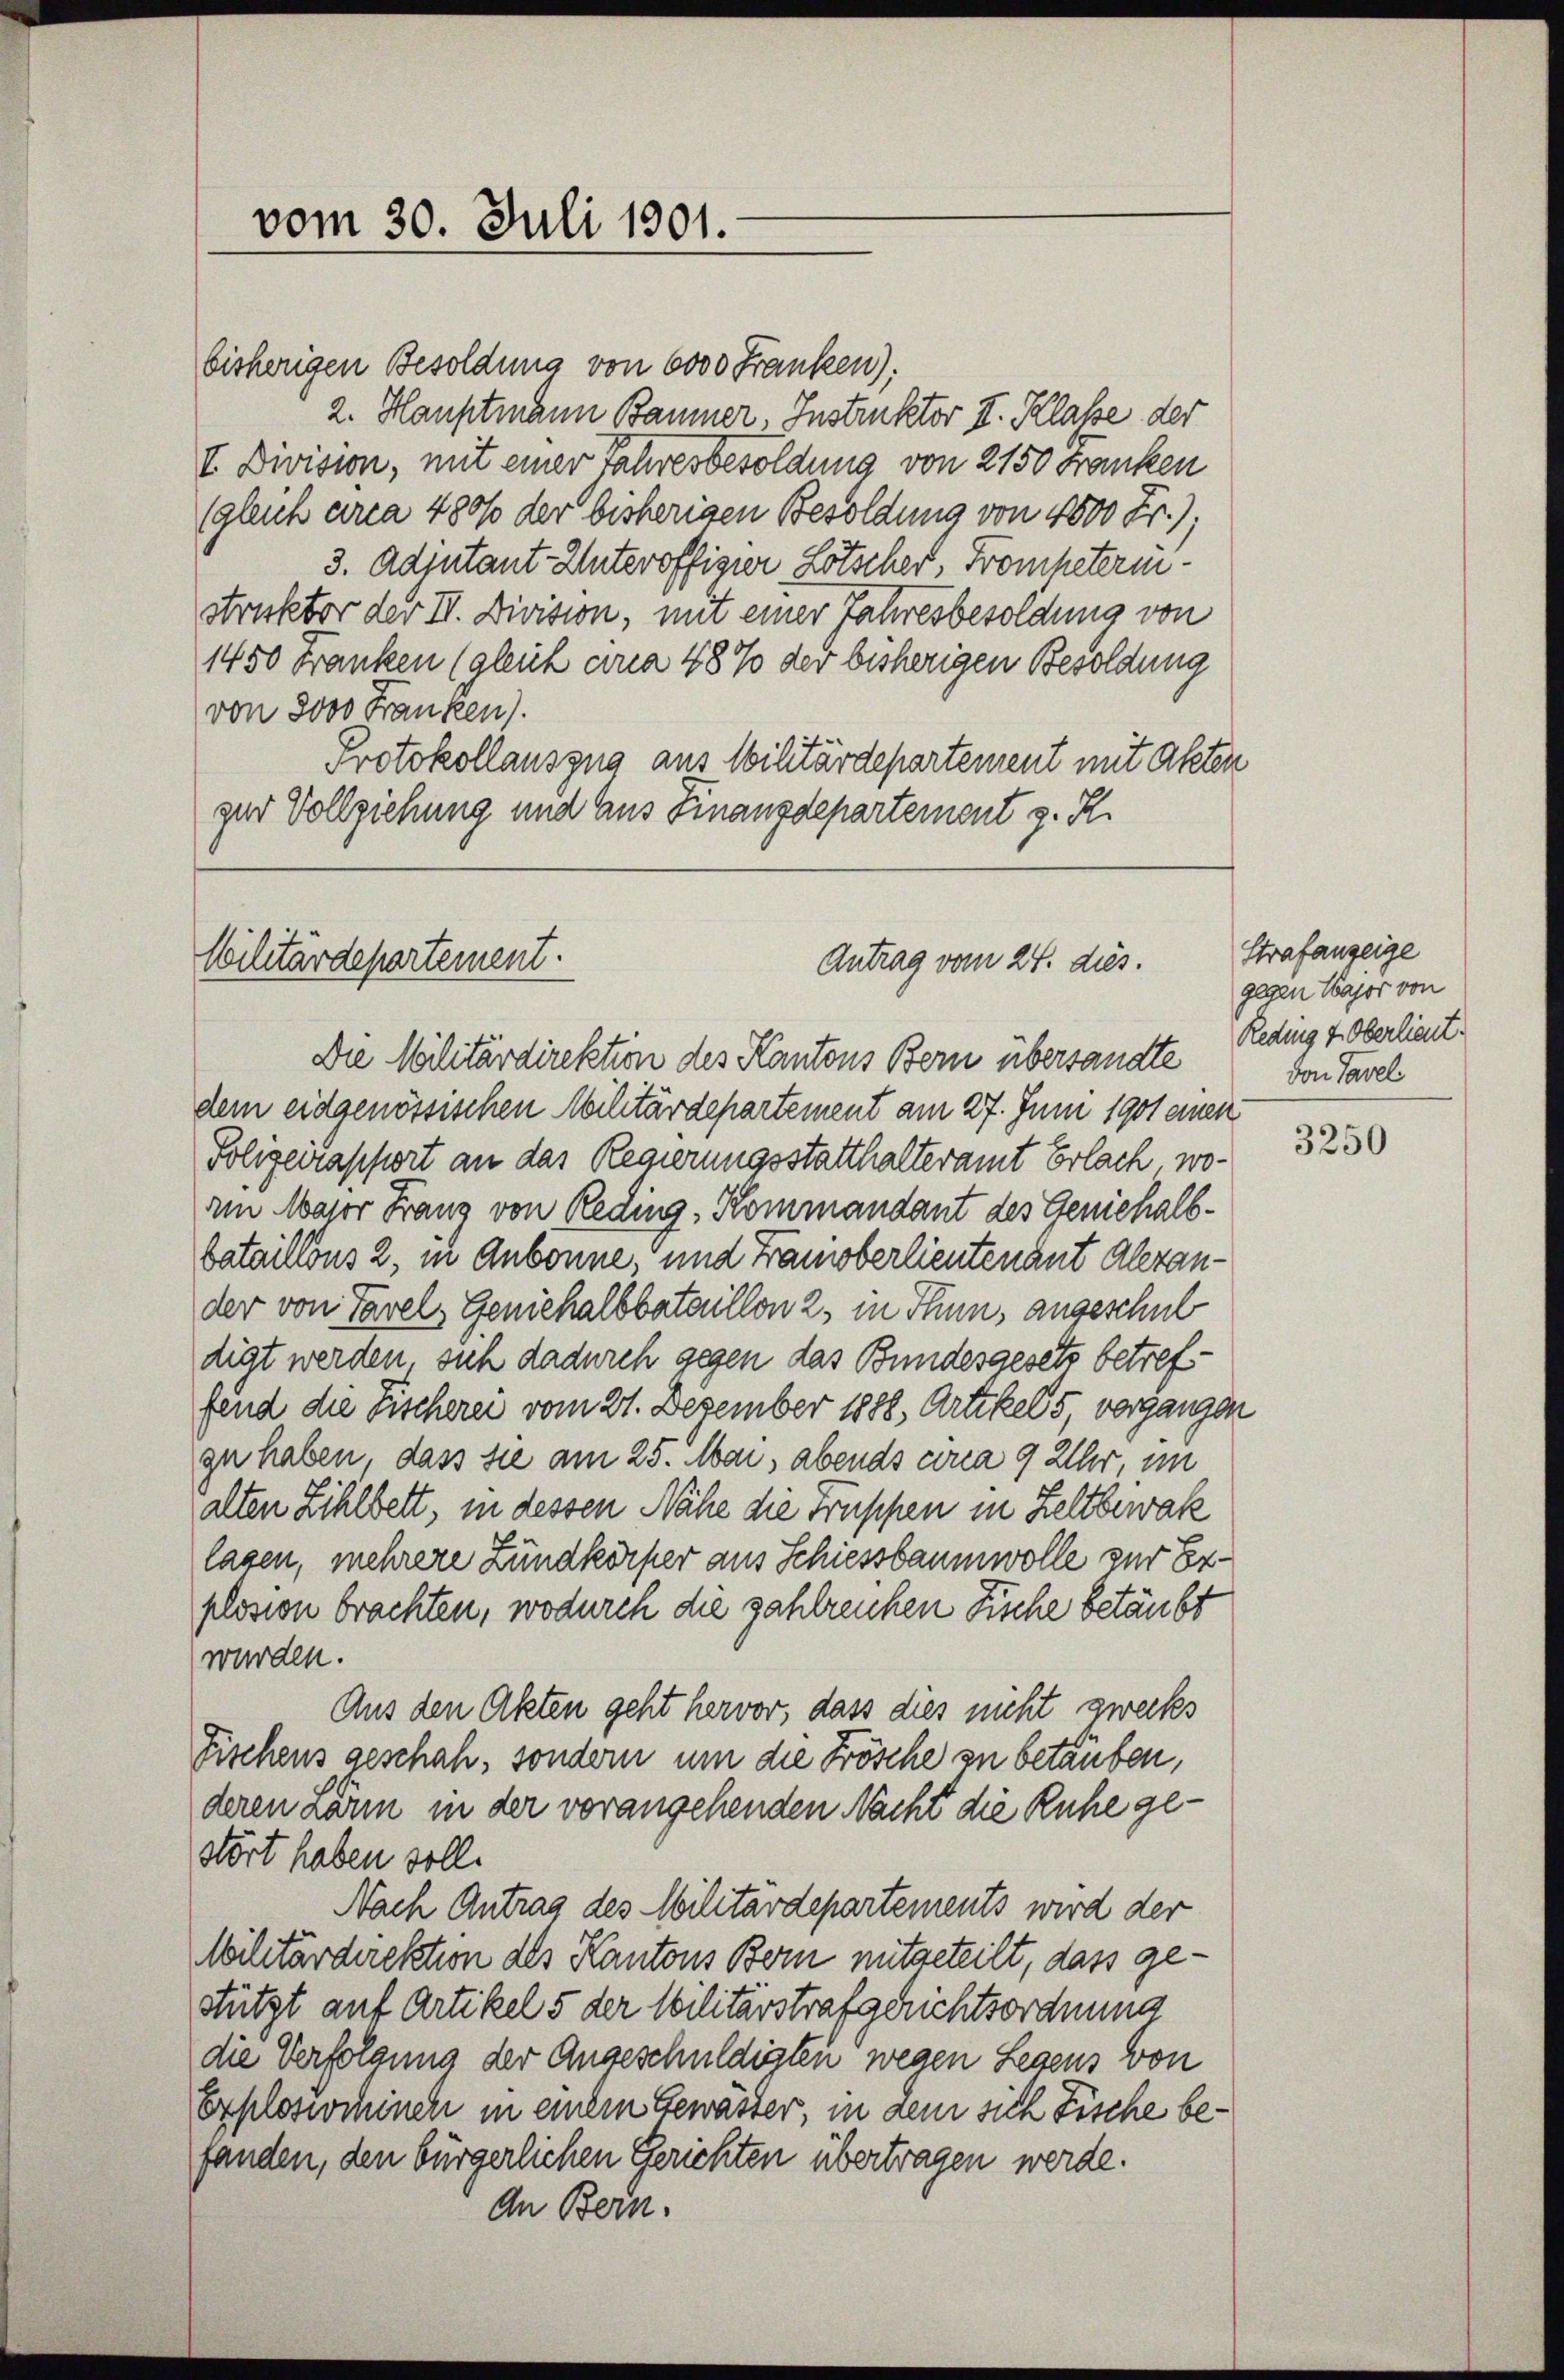
vom 30. Juli 1901.

bisherigen Besoldung von 6000 Franken):
2. Hauptmann Baumer Instruktor II. Klasse der
I. Division, mit einer Jahresbesoldung von 2150 Franken
(gleich arca 480% der bisherigen Besoldung von 4000 Fr.).
3. Adjutant Unteroffigir Lötscher Frompeteristruktor der II. Division, mit einer Jahresbesoldung von
1450 Franken (gleich ana 48% der bisherigen Besoldung
von 3000 Franken).
Protokollauszug aus Schtärdepartement mit Akten
zur Vollziehung und aus Finanzdepartement z. R.

Militärdepartement.
Antrag vom 24. dies.

Die Militärdirektion des Kantons Bern übersandte
dem eidgenössischen Militärdepartement am 27. Juni 1901 einen
Folizeirapport an das Regierungsstatthalteramt Erlach, wo-
am Major Franz von Reding, Kommandant des Geniehalbbataillons 2, in Anbonne, und Franoberlieutenant Alerander von Tavel, Geniehalbbataillon 2, in Thun, angeschul
digt werden, sich dadurch gegen das Bundesgesetz betreffend die Fischerei vom 21. Dezember 1888, Artikel 5, vergangen
ge haben, dass sie am 25. Mai, abends circa 9 Uhr im
alten Zihlbett, in dessen Nähe die Früppen in Zeltbewak
lagen, mehrere Zündkörper aus Schiessbaumwolle zur Erplosion brachten, wodurch die zahlreichen Fische betäubt
wurden.
Aus den Akten geht hervor, dass dies nicht zwecks
Fischens geschah, sondern um die Frösche zu betäuben,
deren Lärm in der vorangehenden Nacht die Ruhe gestört haben soll.
Nach Antrag des Militärdepartements wird der
Militärdirektion des Kantons Bern mitgeteilt, dass gestützt auf Artikel 5 der Militärstrafgerichtsordnung
die Verfolgung der Angeschuldigten wegen Legens von
Exploswochinen in einem Gewässer, in dem sich Fische befanden, den bürgerlichen Gerichten übertragen werde.
An Bern.

Strafanzeige
gegen Major von
Reding 4. Oberlieut.
von Tavel

3250